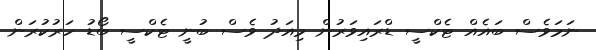
ނަމަވެސް ބައެއް ޓެކްސީ ޑްރައިވަރުން މިއަދު ވެސް ބުނީ ޓެކްސީ ބޯޑު ހަރުކުރަން